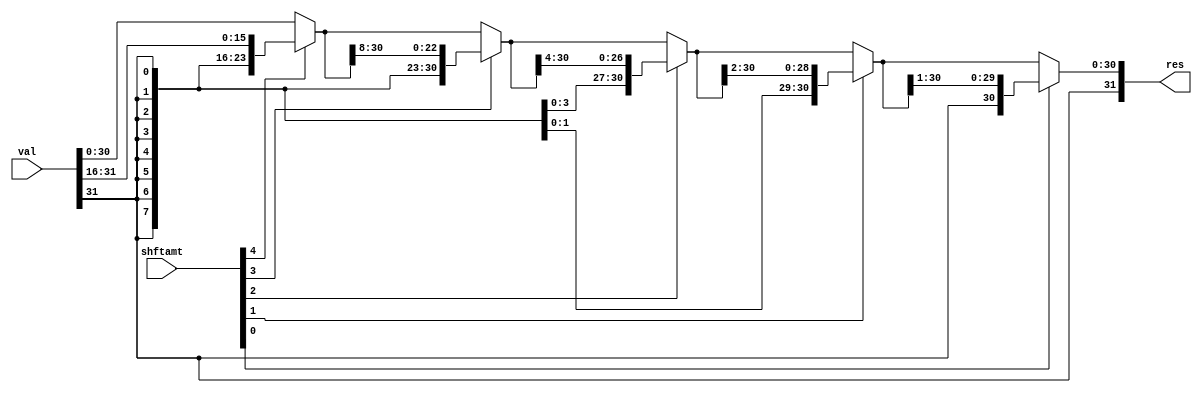
module sraOp(res, val, shftamt);
  input [31:0] val;
  input [4:0] shftamt;
  output [31:0] res;

  wire [31:0] shft16, shft8, shft4, shft2, shft1;
  wire [31:0] res16, res8, res4, res2, res1;

  wire shftbt;
  assign shftbt = val[31];

  assign res16  = shftamt[4] ? shft16 : val;
  assign res8   = shftamt[3] ? shft8 : res16;
  assign res4   = shftamt[2] ? shft4 : res8;
  assign res2   = shftamt[1] ? shft2 : res4;
  assign res1   = shftamt[0] ? shft1 : res2;

  assign res = res1;

  assign shft16[15:0] = val[31:16];
  assign shft16[16] = shftbt;
  assign shft16[17] = shftbt;
  assign shft16[18] = shftbt;
  assign shft16[19] = shftbt;
  assign shft16[20] = shftbt;
  assign shft16[21] = shftbt;
  assign shft16[22] = shftbt;
  assign shft16[23] = shftbt;
  assign shft16[24] = shftbt;
  assign shft16[25] = shftbt;
  assign shft16[26] = shftbt;
  assign shft16[27] = shftbt;
  assign shft16[28] = shftbt;
  assign shft16[29] = shftbt;
  assign shft16[30] = shftbt;
  assign shft16[31] = shftbt;

  assign shft8[23:0] = res16[31:8];
  assign shft8[24] = shftbt;
  assign shft8[25] = shftbt;
  assign shft8[26] = shftbt;
  assign shft8[27] = shftbt;
  assign shft8[28] = shftbt;
  assign shft8[29] = shftbt;
  assign shft8[30] = shftbt;
  assign shft8[31] = shftbt;

  assign shft4[27:0] = res8[31:4];
  assign shft4[28] = shftbt;
  assign shft4[29] = shftbt;
  assign shft4[30] = shftbt;
  assign shft4[31] = shftbt;

  assign shft2[29:0] = res4[31:2];
  assign shft2[30] = shftbt;
  assign shft2[31] = shftbt;

  assign shft1[30:0] = res2[31:1];
  assign shft1[31] = shftbt;

endmodule